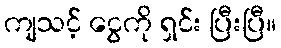
ကျသင့် ငွေကို ရှင်း ပြီးပြီ။